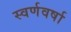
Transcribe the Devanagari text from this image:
स्वर्णवर्षा